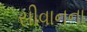
સીવાનના